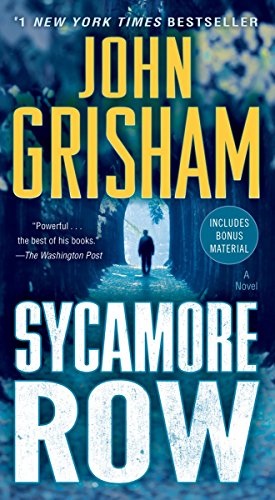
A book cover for Sycamore Row (The Jake Brigance); John Grisham; Mystery, Thriller & Suspense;